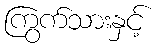
ကြွက်သားနှင့်